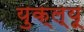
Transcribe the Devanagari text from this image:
युक्ल्यू